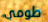
طومي